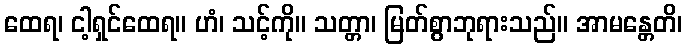
ထေရ၊ ငါ့ရှင်ထေရ။ ဟံ၊ သင့်ကို။ သတ္တာ၊ မြတ်စွာဘုရားသည်။ အာမန္တေတိ၊